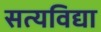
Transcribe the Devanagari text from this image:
सत्यविद्या